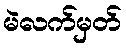
မဲလက်မှတ်